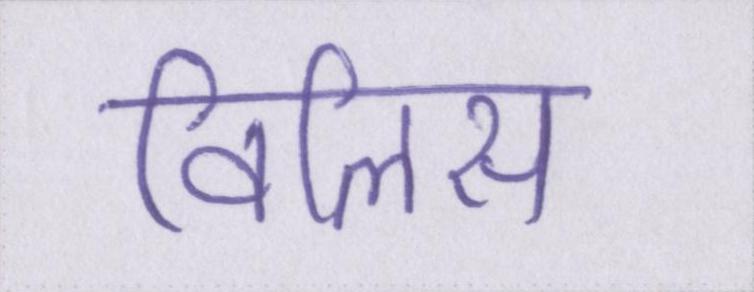
विलिस